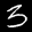
Label: 3